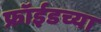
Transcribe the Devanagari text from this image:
फ्रॉईडच्या